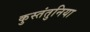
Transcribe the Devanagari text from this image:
कुस्तंतुनिया